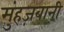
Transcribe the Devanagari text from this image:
मुंहज़बानी